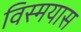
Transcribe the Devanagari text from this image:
विस्मयास